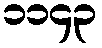
၁၁၄၃